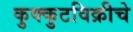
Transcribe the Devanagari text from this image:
कुक्कुटविक्रीचे